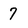
Character: 7